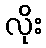
လိုး